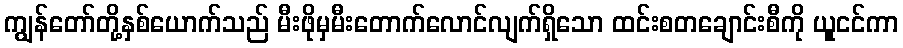
ကျွန်တော်တို့နှစ်ယောက်သည် မီးဖိုမှမီးတောက်လောင်လျက်ရှိသော ထင်းစတချောင်းစီကို ယူုငင်ကာ